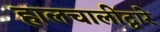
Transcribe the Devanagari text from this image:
हालचालींद्वारे